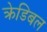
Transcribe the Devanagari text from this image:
क्रेडिबल